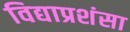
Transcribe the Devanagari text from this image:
विद्याप्रशंसा